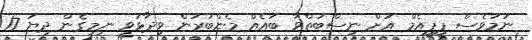
ނަމަވެސް ޕީޕީއެމް އަށް ނިސްބަތްވާ ބައެއް މެންބަރުން ވިދާޅުވީ ނިމިގެން ދިޔަ 17